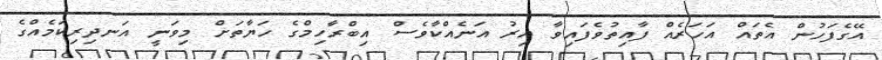
އޭގެފަހުން އެތައް އަހަރެއް ފާއިތުވެފައިވާ އިރު އަނެއްކާވެސް އިބްރާހިމްގެ ހަޔާތަށް މިވަނީ އަނދިރިކަމެއްގެ